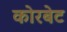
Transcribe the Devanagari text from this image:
कोरबेट